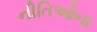
નીતિઓના